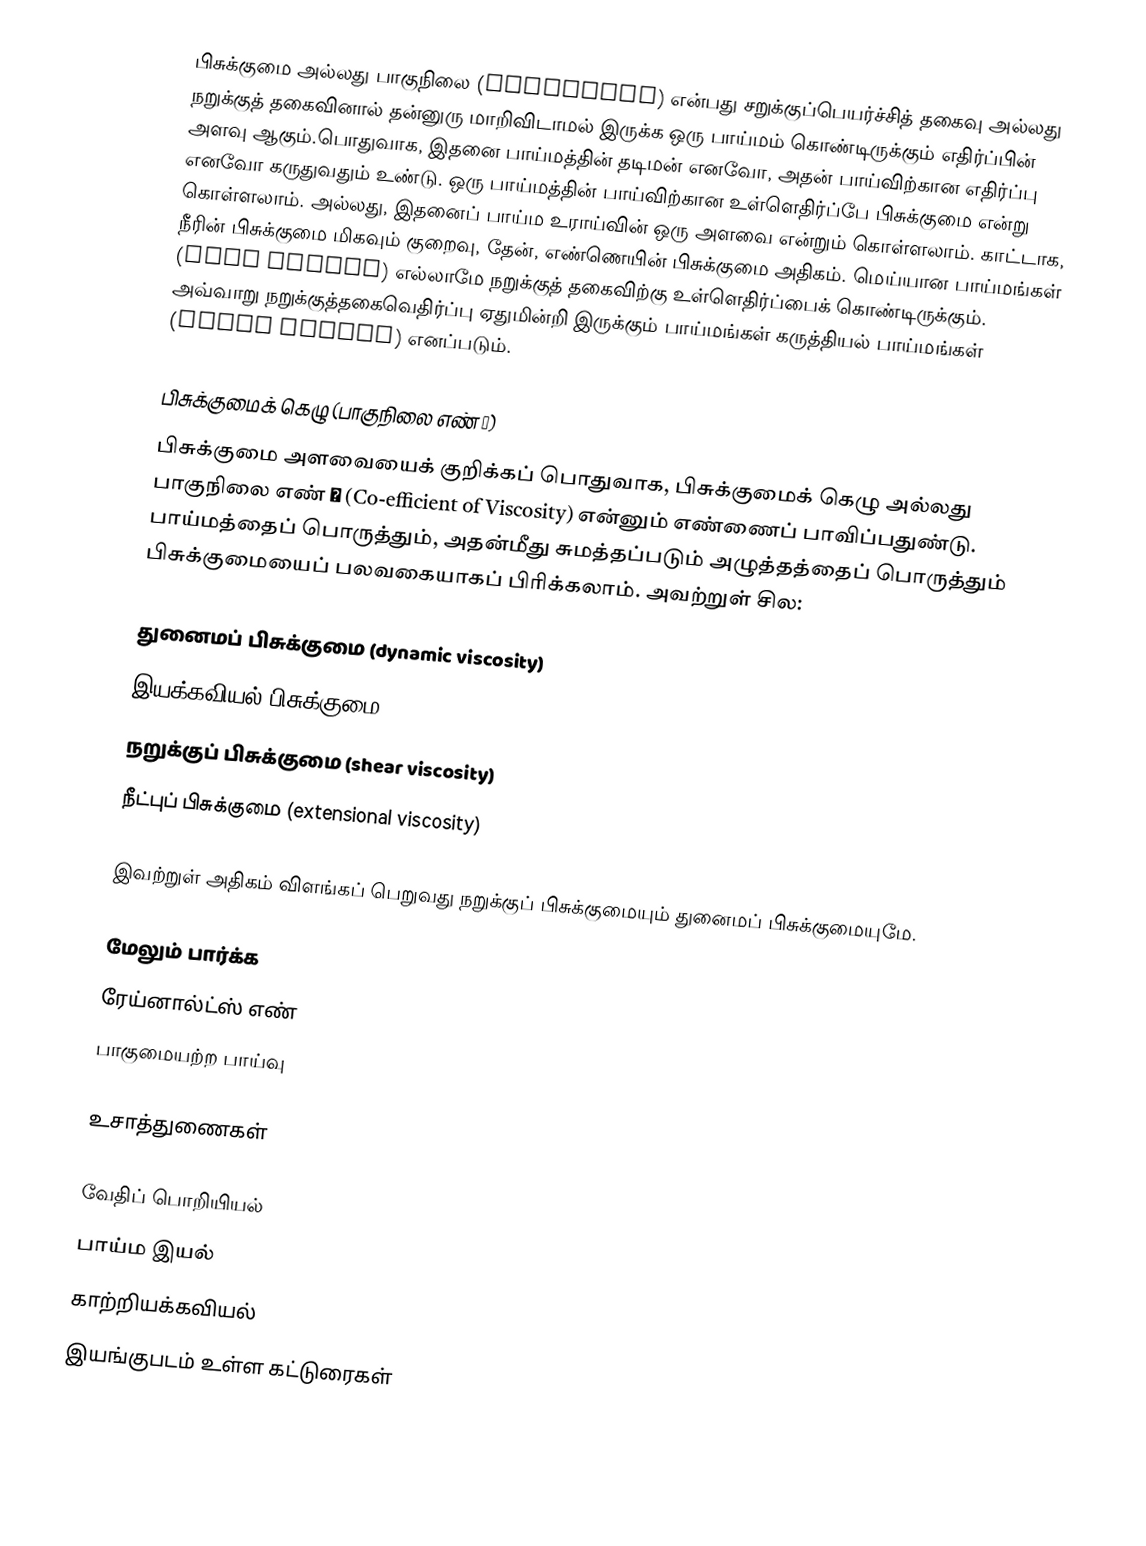
பிசுக்குமை அல்லது பாகுநிலை (viscosity) என்பது சறுக்குப்பெயர்ச்சித் தகைவு அல்லது நறுக்குத் தகைவினால் தன்னுரு மாறிவிடாமல் இருக்க ஒரு பாய்மம் கொண்டிருக்கும் எதிர்ப்பின் அளவு ஆகும்.பொதுவாக, இதனை பாய்மத்தின் தடிமன் எனவோ, அதன் பாய்விற்கான எதிர்ப்பு எனவோ கருதுவதும் உண்டு. ஒரு பாய்மத்தின் பாய்விற்கான உள்ளெதிர்ப்பே பிசுக்குமை என்று கொள்ளலாம். அல்லது, இதனைப் பாய்ம உராய்வின் ஒரு அளவை என்றும் கொள்ளலாம். காட்டாக, நீரின் பிசுக்குமை மிகவும் குறைவு, தேன், எண்ணெயின் பிசுக்குமை அதிகம். மெய்யான பாய்மங்கள் (real fluids) எல்லாமே நறுக்குத் தகைவிற்கு உள்ளெதிர்ப்பைக் கொண்டிருக்கும். அவ்வாறு நறுக்குத்தகைவெதிர்ப்பு ஏதுமின்றி இருக்கும் பாய்மங்கள் கருத்தியல் பாய்மங்கள் (ideal fluids) எனப்படும்.

பிசுக்குமைக் கெழு (பாகுநிலை எண் η)
பிசுக்குமை அளவையைக் குறிக்கப் பொதுவாக, பிசுக்குமைக் கெழு  அல்லது பாகுநிலை எண் η (Co-efficient of Viscosity) என்னும் எண்ணைப் பாவிப்பதுண்டு. பாய்மத்தைப் பொருத்தும், அதன்மீது சுமத்தப்படும் அழுத்தத்தைப் பொருத்தும் பிசுக்குமையைப் பலவகையாகப் பிரிக்கலாம். அவற்றுள் சில:

துனைமப் பிசுக்குமை  (dynamic viscosity)
இயக்கவியல் பிசுக்குமை (kinematic viscosity)
நறுக்குப் பிசுக்குமை (shear viscosity)
நீட்புப் பிசுக்குமை (extensional viscosity)

இவற்றுள் அதிகம் விளங்கப் பெறுவது நறுக்குப் பிசுக்குமையும் துனைமப் பிசுக்குமையுமே.

மேலும் பார்க்க
 ரேய்னால்ட்ஸ் எண்
 பாகுமையற்ற பாய்வு

உசாத்துணைகள்

வேதிப் பொறியியல்
பாய்ம இயல்
காற்றியக்கவியல்
இயங்குபடம் உள்ள கட்டுரைகள்